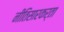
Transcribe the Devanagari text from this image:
नीतिसारकर्ता